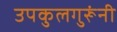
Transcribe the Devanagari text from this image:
उपकुलगुरूंनी